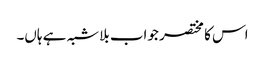
اس کا مختصر جواب بلاشبہ ہے ہاں۔